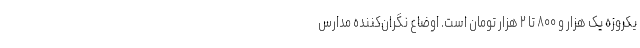
یکروزه یک هزار و ۸۰۰ تا ۲ هزار تومان است. اوضاع نگران‌کننده مدارس